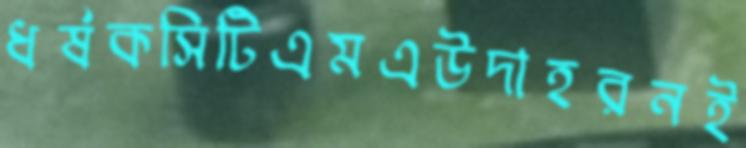
ধর্ষকসিটিএমএউদাহরনই